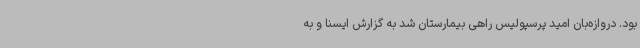
بود. دروازه‌بان امید پرسپولیس راهی بیمارستان شد به گزارش ایسنا و به